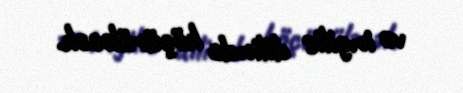
və ingilis dilində köçürüləcək.